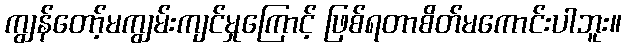
ကျွန်တော့်မကျွမ်းကျင်မှုကြောင့် ဖြစ်ရတာစိတ်မကောင်းပါဘူး။